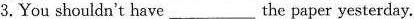
3.You shouldn't have___ the paper yesterday.